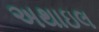
અથાઇલ